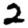
Digit: 2